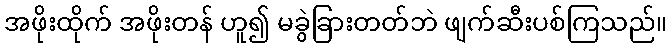
အဖိုးထိုက် အဖိုးတန် ဟူ၍ မခွဲခြားတတ်ဘဲ ဖျက်ဆီးပစ်ကြသည်။